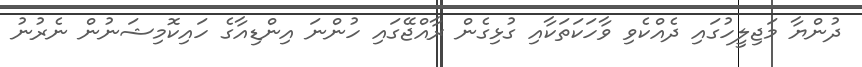
ދުންޔާ މަޖިލީހުގައި ދެއްކެވި ވާހަކަތަކާއި ގުޅިގެން ރާއްޖޭގައި ހުންނަ އިންޑިއާގެ ހައިކޮމިޝަނުން ނެރުނު